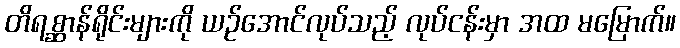
တိရစ္ဆာန်ရိုင်းများကို ယဉ်အောင်လုပ်သည့် လုပ်ငန်းမှာ အထ မမြောက်။